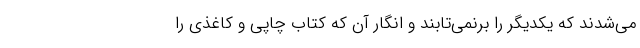
می‌شدند که یکدیگر را برنمی‌تابند و انگار آن که کتاب چاپی و کاغذی را